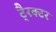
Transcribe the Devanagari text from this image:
टै्रक्टर